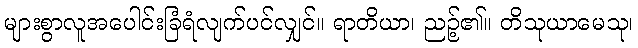
များစွာလူအပေါင်းခြံရံလျက်ပင်လျှင်။ ရာတိယာ၊ ညဉ့်၏။ တိသုယာမေသု၊